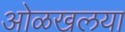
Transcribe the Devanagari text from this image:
ओळखलया